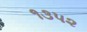
૧૩૫૨